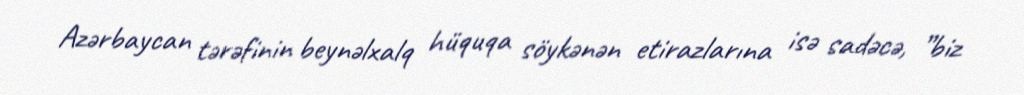
Azərbaycan tərəfinin beynəlxalq hüquqa söykənən etirazlarına isə sadəcə, ”biz